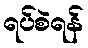
ရပ်စဲရန်